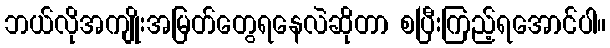
ဘယ်လိုအကျိုးအမြတ်တွေရနေလဲဆိုတာ စပြီးကြည့်ရအောင်ပါ။